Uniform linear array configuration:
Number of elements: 32
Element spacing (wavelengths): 0.25
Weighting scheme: blackman
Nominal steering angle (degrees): -30
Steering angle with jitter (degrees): -30.32
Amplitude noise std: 0.05
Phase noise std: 0.05

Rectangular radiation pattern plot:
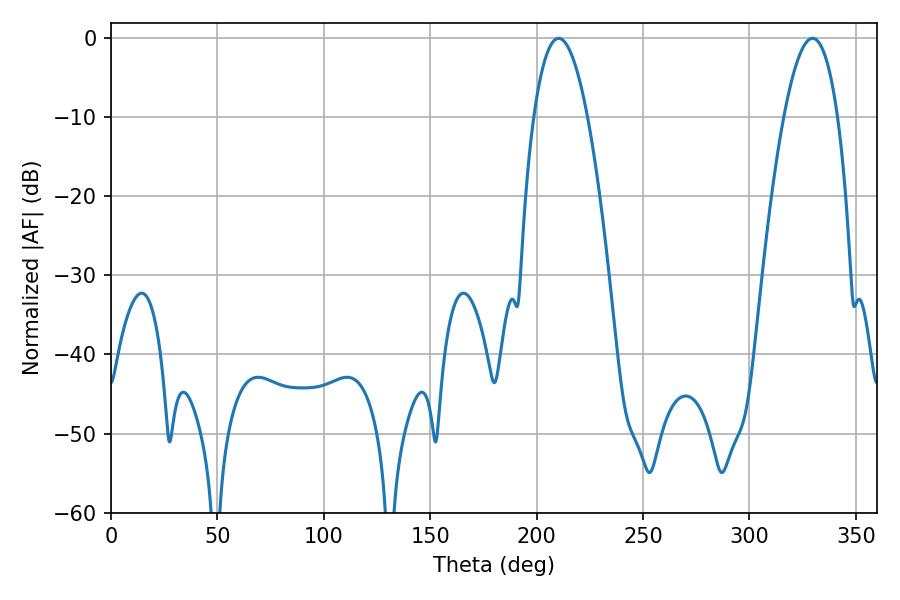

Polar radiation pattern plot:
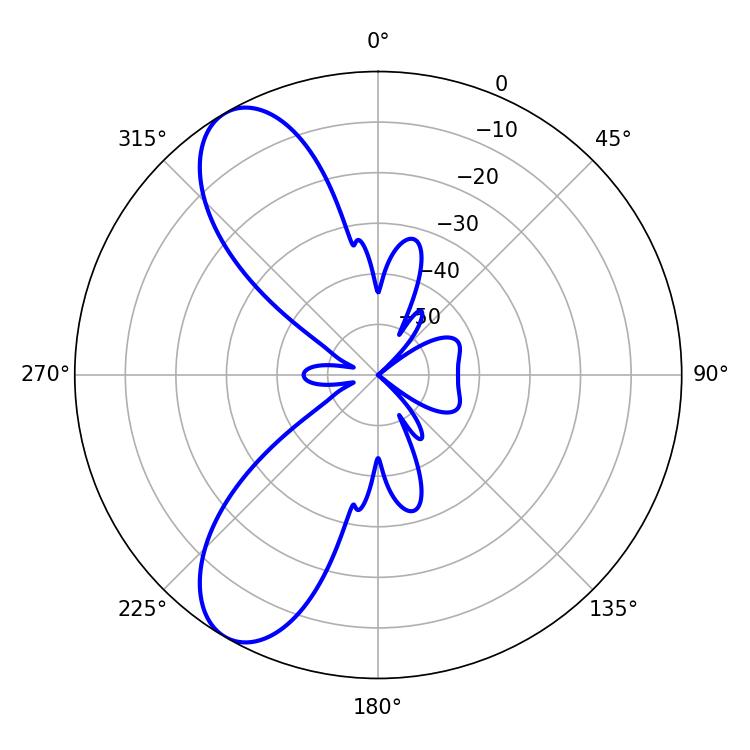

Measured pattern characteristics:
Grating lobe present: FALSE
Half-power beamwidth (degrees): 14.04
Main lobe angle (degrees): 210.42